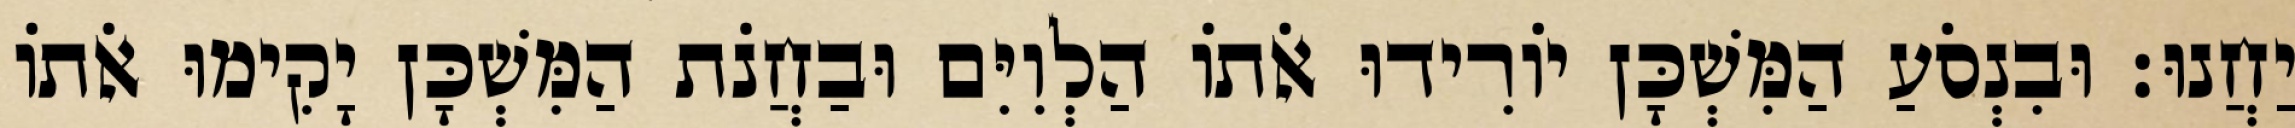
יַחֲנוּ׃ וּבִנְסֹעַ הַמִּשְׁכָּן יוֹרִידוּ אֹתוֹ הַלְוִיִּם וּבַחֲנֹת הַמִּשְׁכָּן יָקִימוּ אֹתוֹ